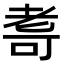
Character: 𮋛